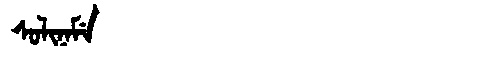
Manchu: ᠰᠣᠯᡳᠨᠠᠮᡝ
Romanization: SOLINAME